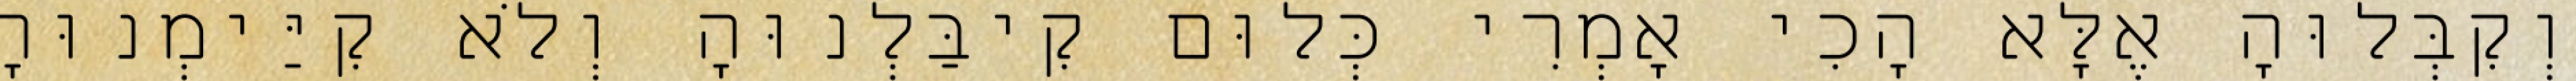
וְקִבְּלוּהָ אֶלָּא הָכִי אָמְרִי כְּלוּם קִיבַּלְנוּהָ וְלֹא קִיַּימְנוּהָ